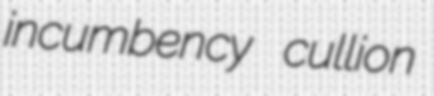
incumbency cullion